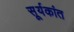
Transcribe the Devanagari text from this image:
सू्र्यकांत